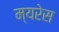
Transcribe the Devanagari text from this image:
म्यरेस